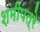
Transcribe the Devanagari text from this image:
शमीपत्रे